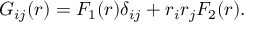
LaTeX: G _ { i j } ( r ) = F _ { 1 } ( r ) \delta _ { i j } + r _ { i } r _ { j } F _ { 2 } ( r ) .